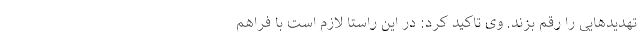
تهدیدهایی را رقم بزند. وی تاکید کرد: در این راستا لازم است با فراهم